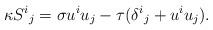
LaTeX: \begin{align*}\kappa {S^i}_j= \sigma u^i u_j-\tau ( {\delta^i}_j + u^i u_j ).\end{align*}